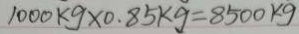
1 0 0 0 k g \times 0 . 8 5 k g = 8 5 0 0 k g